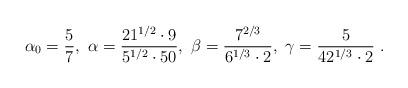
LaTeX: \begin{align*}\alpha_0 = \frac5 7,~\alpha= \frac{21^{1/2}\cdot 9}{5^{1/2}\cdot 50},~ \beta= \frac{7^{2/3}}{6^{1/3}\cdot 2} ,~ \gamma=\frac {5}{42^{1/3}\cdot 2} ~.\end{align*}